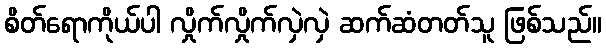
စိတ်ရောကိုယ်ပါ လှိုက်လှိုက်လှဲလှဲ ဆက်ဆံတတ်သူ ဖြစ်သည်။